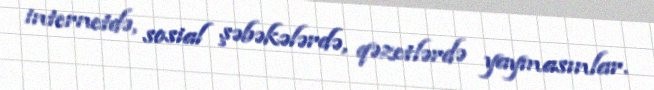
internetdə, sosial şəbəkələrdə, qəzetlərdə yaymasınlar.